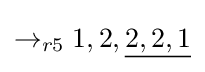
\rightarrow _{r5}1,2,{\underline {2,2,1}}